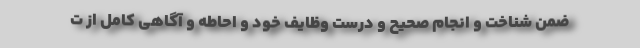
ضمن شناخت و انجام صحیح و درست وظایف خود و احاطه و آگاهی کامل از ت